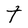
Character: t